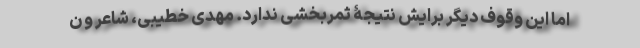
اما این وقوف دیگر برایش نتیجۀ ثمربخشی ندارد. مهدی خطیبی، شاعر و ن